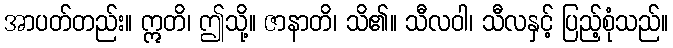
အာပတ်တည်း။ ဣတိ၊ ဤသို့။ ဇာနာတိ၊ သိ၏။ သီလဝါ၊ သီလနှင့် ပြည့်စုံသည်။